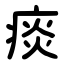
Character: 痰